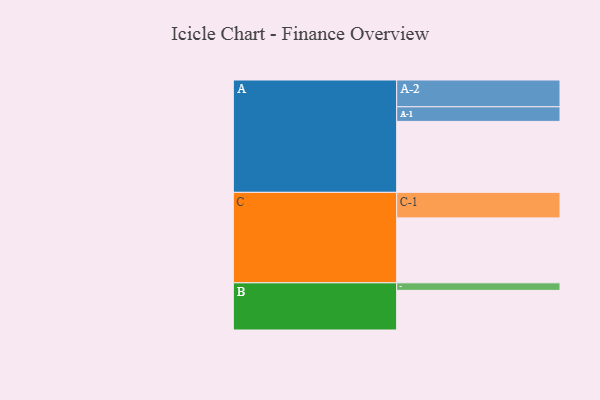
{"axis": {"x": "Segment", "y": "Value"}, "legend": ["", "A", "B", "C"], "data": [{"x": "A", "y": 564, "type": ""}, {"x": "B", "y": 315, "type": ""}, {"x": "C", "y": 516, "type": ""}, {"x": "A-1", "y": 116, "type": "A"}, {"x": "A-2", "y": 213, "type": "A"}, {"x": "B-1", "y": 60, "type": "B"}, {"x": "C-1", "y": 203, "type": "C"}]}